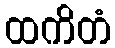
ထကိတံ